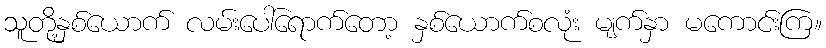
သူတို့နှစ်ယောက် လမ်းပေါ်ရောက်တော့ နှစ်ယောက်စလုံး မျက်နှာ မကောင်းကြ။